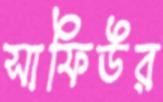
সাফিউর